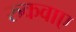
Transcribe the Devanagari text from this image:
रुकवाए